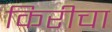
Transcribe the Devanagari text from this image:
किरीचा